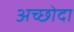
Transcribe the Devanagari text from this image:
अच्छोदा